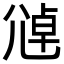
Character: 𫵑